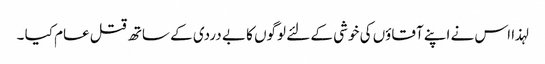
لہذا اس نے اپنے آقاؤں کی خوشی کے لئے لوگوں کا بے دردی کے ساتھ قتل عام کیا ۔